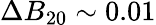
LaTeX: \Delta B_{20}\sim 0.01